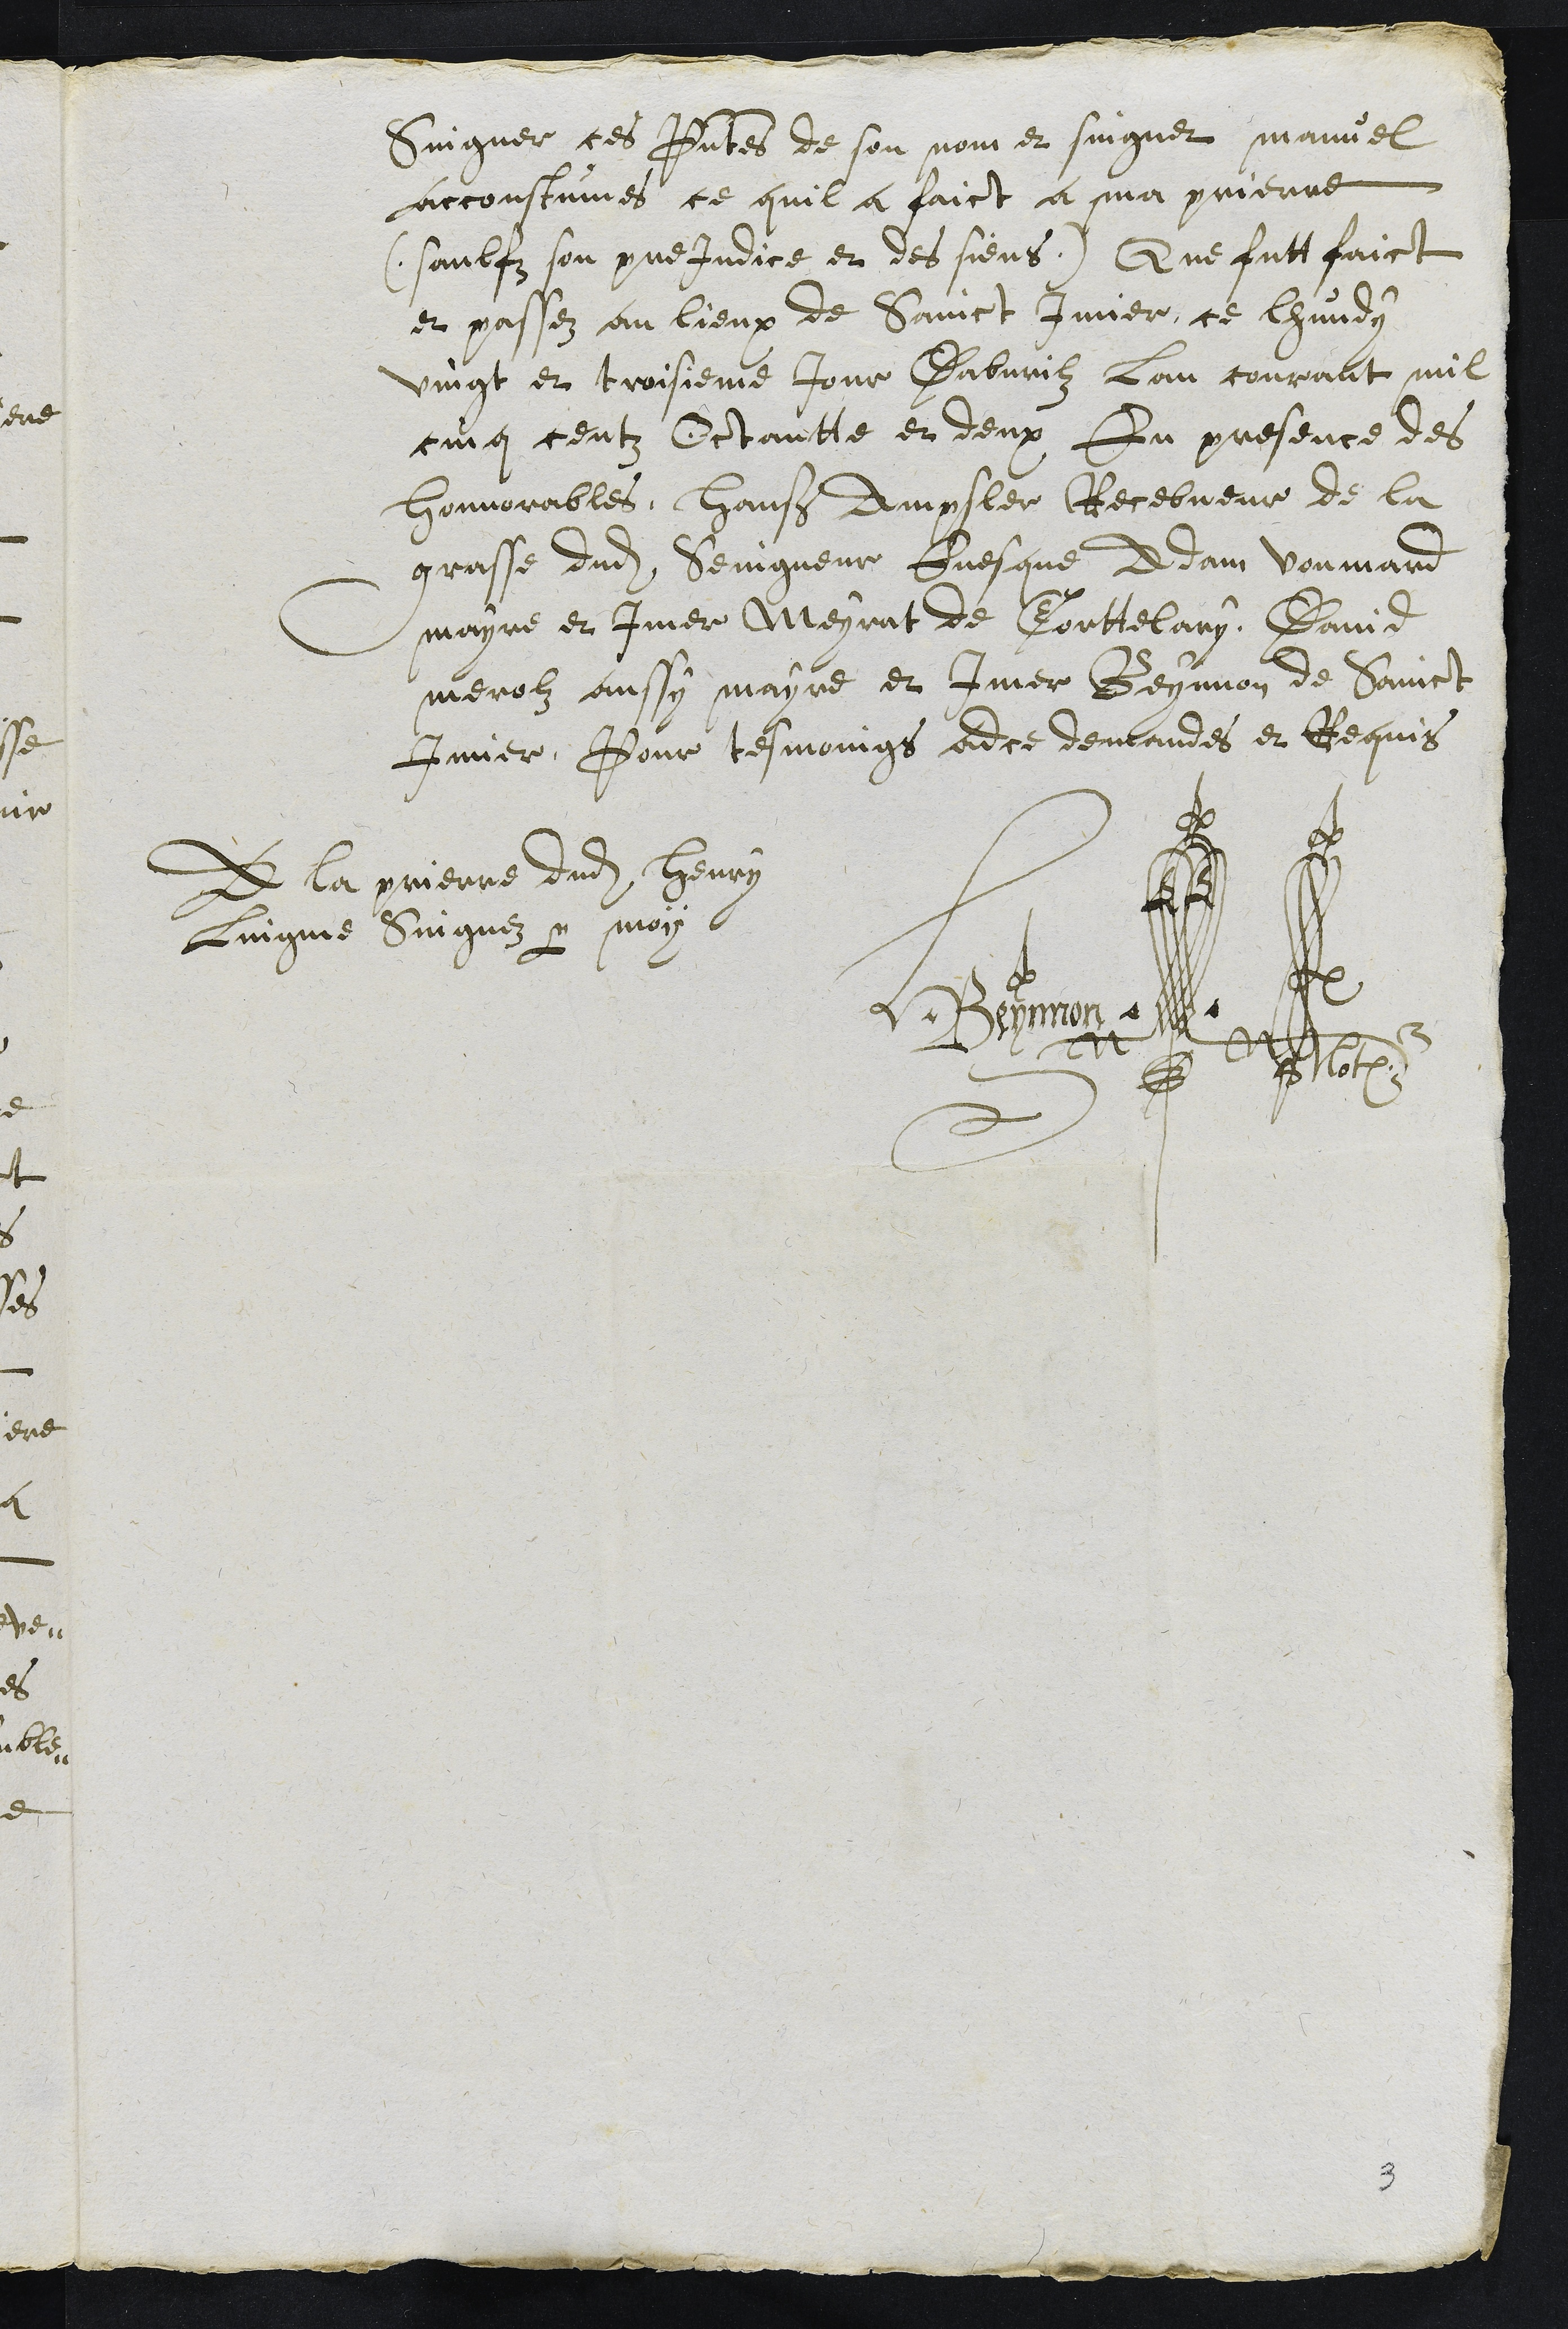
Singner ces presentes de son nom et singner manuel
accoustumes ce quil a faict a ma prierre
(saulfz son prejudice et des siens) Que futt faict
et passez au lieux de Sainct Imier, ce lhundy
vingt et troisieme jour Dabvrilz lan courant mil
cinq centz Octantte et deux En presence des
honnorables, Hanß Ampsler Recebveur de la
grasse dudit Seingneur Evesque Adam Voumard
mayre et Imer Meyrat de Corttelary, David
merolz aussy mayre et Imer Beynnon de Sainct
Imier, Pour tesmoings adce demandes et Requis
A la prierre dudit Henry
Lingme Singnez par moy
HBeynon
Notaire
3